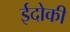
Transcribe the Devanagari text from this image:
ईदोकी